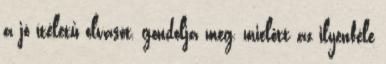
a jó ítéletű olvasót, gondolja meg, mielőtt az ilyenféle